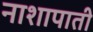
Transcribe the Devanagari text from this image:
नाशापाती